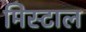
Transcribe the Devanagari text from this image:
मिस्टाल